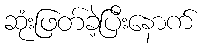
ဆုံးဖြတ်ခဲ့ပြီးနောက်